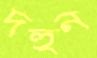
দহুন